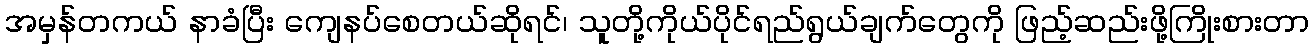
အမှန်တကယ် နာခံပြီး ကျေနပ်စေတယ်ဆိုရင်၊ သူတို့ကိုယ်ပိုင်ရည်ရွယ်ချက်တွေကို ဖြည့်ဆည်းဖို့ကြိုးစားတာ